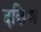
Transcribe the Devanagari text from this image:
दछिण